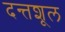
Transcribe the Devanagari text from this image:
दन्तशूल